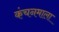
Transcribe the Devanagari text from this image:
कंचनमाला